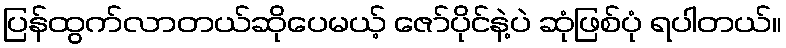
ပြန်ထွက်လာတယ်ဆိုပေမယ့် ဇော်ပိုင်နဲ့ပဲ ဆုံဖြစ်ပုံ ရပါတယ်။